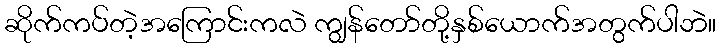
ဆိုက်ကပ်တဲ့အကြောင်းကလဲ ကျွန်တော်တို့နှစ်ယောက်အတွက်ပါဘဲ။